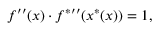
f ^ { \prime \prime } ( x ) \cdot f ^ { { * } \prime \prime } ( x ^ { * } ( x ) ) = 1 ,